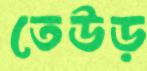
তেউড়